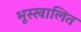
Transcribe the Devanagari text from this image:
भूस्खालित